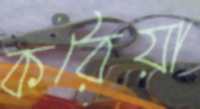
করৈয়া